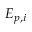
E _ { p , i }